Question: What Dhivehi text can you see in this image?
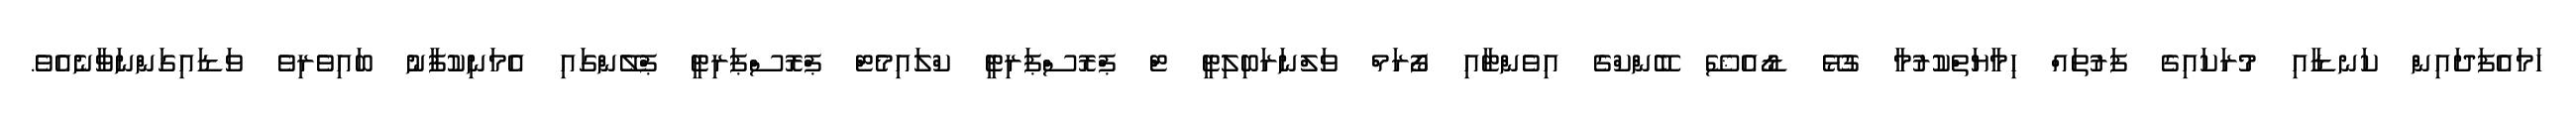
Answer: ހަމައެފަދައިން ކަނޑާއި މުރަކައިގެ ފަރުތައް ހިމާޔަތްކުރުމާ ގުޅޭ ޑޯއެޝޭ ބޭންކްގެ އިވެންޓާއި ފޯރަމް ވަލްނަރަބިލިޓީ ޓް ޕްރޮސްޕަރިޓީ ކްލައިމެޓް ޕްރޮސްޕަރިޓީ ޕްލޭންގައި އެމަނިކުފާނު ބައިވެރިވެ ވަޑައިގަންނަވާނެއެވެ.